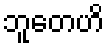
ဘူတေဟိ